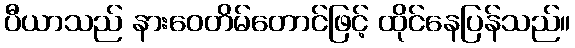
ပီယာသည် နားဝေတိမ်တောင်ဖြင့် ထိုင်နေပြန်သည်။